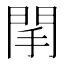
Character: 䦐